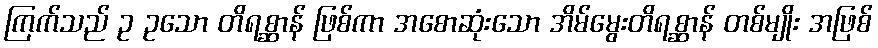
ကြက်သည် ဥ ဥသော တိရစ္ဆာန် ဖြစ်ကာ အစောဆုံးသော အိမ်မွေးတိရစ္ဆာန် တစ်မျိုး အဖြစ်